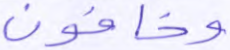
وخافون